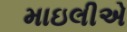
માઇલીએ